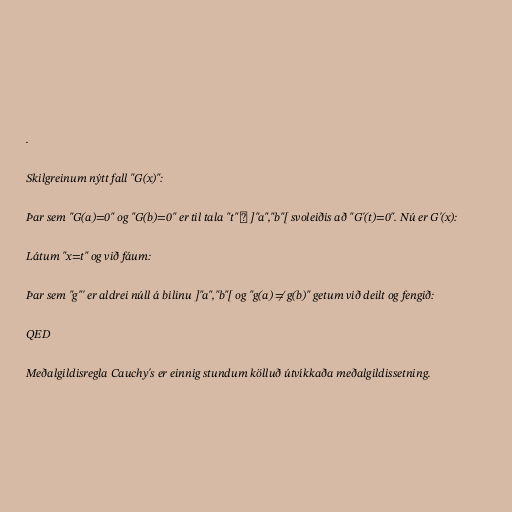
.

Skilgreinum nýtt fall "G(x)":

Þar sem "G(a)=0" og "G(b)=0" er til tala "t" ∈ ]"a","b"[ svoleiðis að "G'(t)=0". Nú er G'(x):

Látum "x=t" og við fáum:

Þar sem "g"' er aldrei núll á bilinu ]"a","b"[ og "g(a) ≠ g(b)" getum við deilt og fengið:

QED

Meðalgildisregla Cauchy's er einnig stundum kölluð útvíkkaða meðalgildissetning.